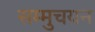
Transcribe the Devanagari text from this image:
सम्मुचयन